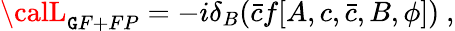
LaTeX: {\calL}_{\mathtt{G}F+FP}=-i\delta_{B}(\bar{{c}}f[A,c,\bar{{c}},B,\phi])\ ,